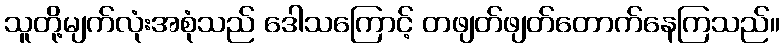
သူတို့မျက်လုံးအစုံသည် ဒေါသကြောင့် တဖျတ်ဖျတ်တောက်နေကြသည်။